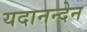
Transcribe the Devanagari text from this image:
यदानन्देन